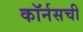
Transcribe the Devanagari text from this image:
कॉर्नसची